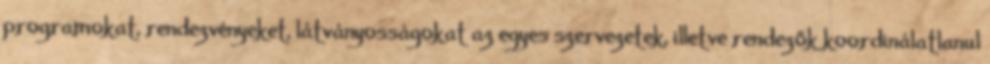
programokat, rendezvényeket, látványosságokat az egyes szervezetek, illetve rendezők koordinálatlanul